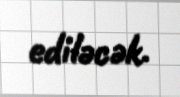
ediləcək.